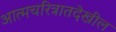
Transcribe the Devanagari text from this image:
आत्मचरित्रातदेखील